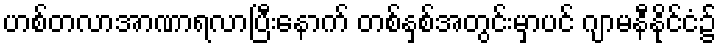
ဟစ်တလာအာဏာရလာပြီးနောက် တစ်နှစ်အတွင်းမှာပင် ဂျာမနီနိုင်ငံ၌